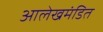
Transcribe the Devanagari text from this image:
आलेखमंडित